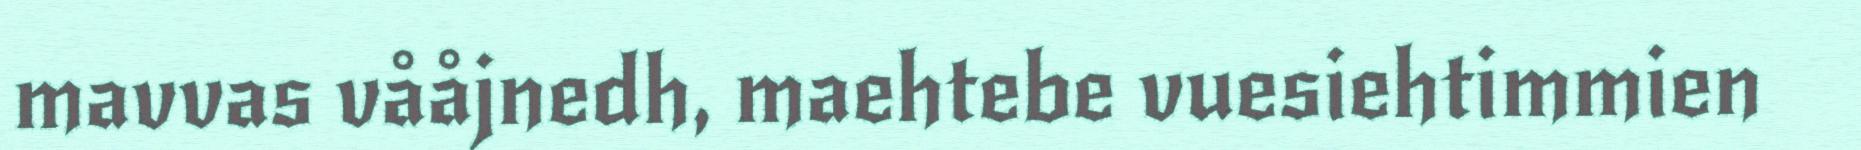
mavvas vååjnedh, maehtebe vuesiehtimmien